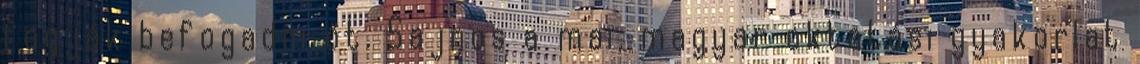
fogják befogadni őt. Sajnos a mai, magyar oktatási gyakorlat